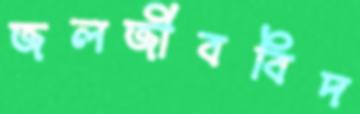
জলজীববিদ